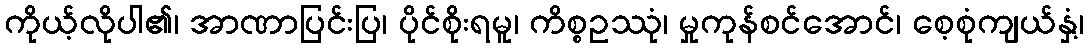
ကိုယ့်လိုပါ၏၊ အာဏာပြင်းပြ၊ ပိုင်စိုးရမူ၊ ကိစ္စဥဿုံ၊ မှုကုန်စင်အောင်၊ စေ့စုံကျယ်နှံ့၊